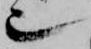
也